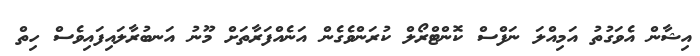
އިޝާން އެވަގުތު އަމިއްލަ ނަފްސް ކޮންޓްރޯލް ކުރަންވެގެން އަނެއްފަރާތަށް މޫނު އަނބުރާލައިފައިވެސް ހިތް